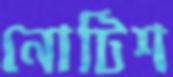
নোটিশ